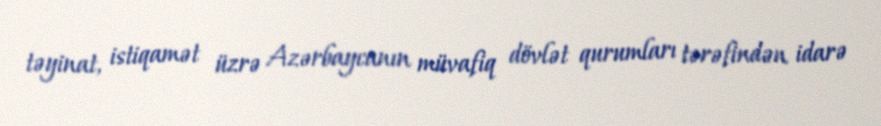
təyinat, istiqamət üzrə Azərbaycanın müvafiq dövlət qurumları tərəfindən idarə